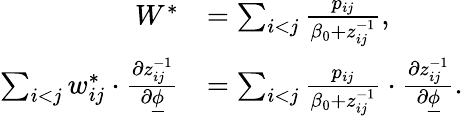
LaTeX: \begin{array}{rl}{W^{*}}&{=\sum_{i<j}\frac{p_{ij}}{\beta_{0}+z_{ij}^{-1}},}\\ {\sum_{i<j}w_{ij}^{*}\cdot\frac{\partial z_{ij}^{-1}}{\partial\underline{{\phi}}}}&{=\sum_{i<j}\frac{p_{ij}}{\beta_{0}+z_{ij}^{-1}}\cdot\frac{\partial z_{ij}^{-1}}{\partial\underline{{\phi}}}.}\end{array}